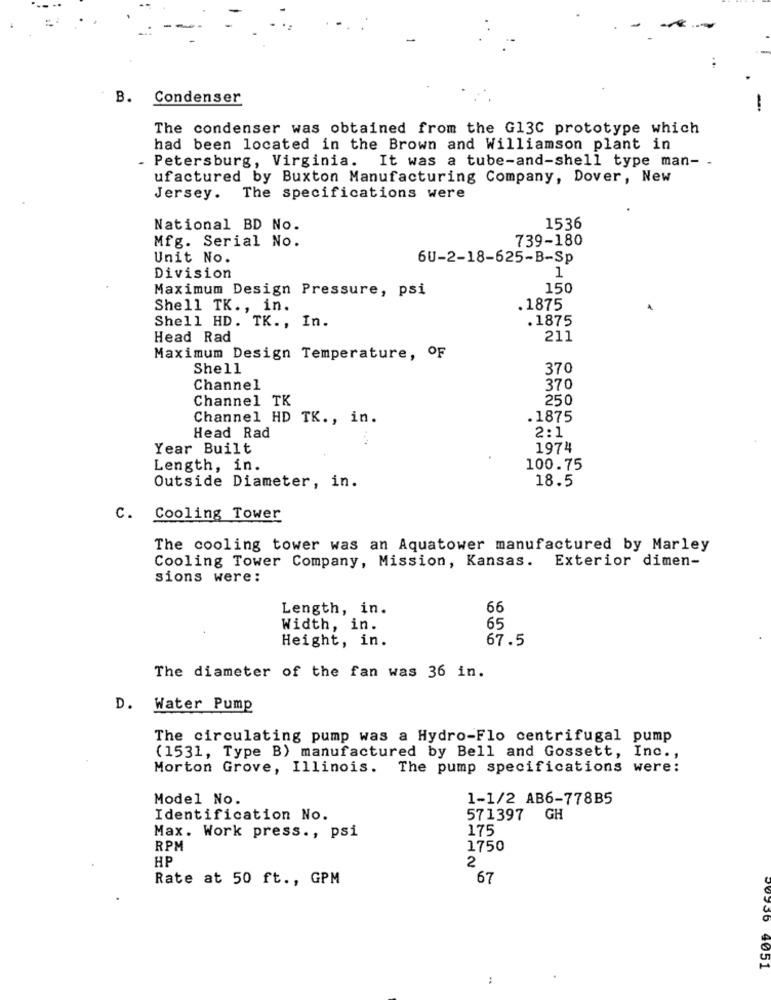
B.
Condenser
The condenser was obtained from the G13C prototype which
had been located in the Brown and Williamson plant in
- Petersburg, Virginia. It was a tube-and-shell type man- -
ufactured by Buxton Manufacturing Company, Dover, New
Jersey. The specifications were
National BD No.
1536
Mfg. Serial No.
739-180
Unit No.
6U-2-18-625-B-Sp
Division
1
Maximum Design Pressure, psi
150
Shell TK ., in.
.1875
Shell HD. TK ., In.
.1875
Head Rad
211
Maximum Design Temperature, OF
Shell
370
Channel
370
Channel TK
250
Channel HD TK ., in.
. 1875
2:1
Head Rad
Year Built
1974
Length, in.
100.75
Outside Diameter, in.
18.5
c.
Cooling Tower
The cooling tower was an Aquatower manufactured by Marley
Cooling Tower Company, Mission, Kansas. Exterior dimen-
sions were:
Length, in.
66
Width, in.
65
Height, in.
67.5
The diameter of the fan was 36 in.
D. Water Pump
The circulating pump was a Hydro-Flo centrifugal pump
(1531, Type B) manufactured by Bell and Gossett, Inc .,
Morton Grove, Illinois. The pump specifications were:
Model No.
1-1/2 AB6-778B5
Identification No.
571397
GH
175
Max. Work press ., psi
RPM
1750
HP
2
Rate at 50 ft ., GPM
67
4051